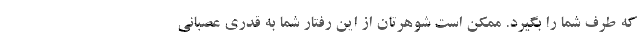
که طرف شما را بگیرد. ممکن است شوهرتان از این رفتار شما به قدری عصبانی